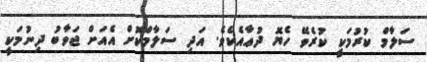
ސަލާމް ކުރުމަކީ ކުރެވޭ ހެޔޮ ދުޢާއެކެވެ. އަދި ސަލާމްކޮށް އެއަށް ޖަވާބު ދިނުމަކީ